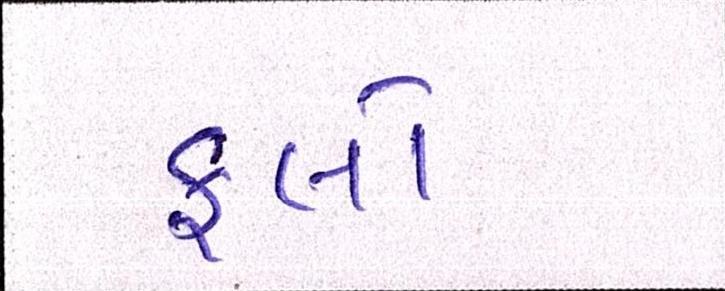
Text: ફ્લો